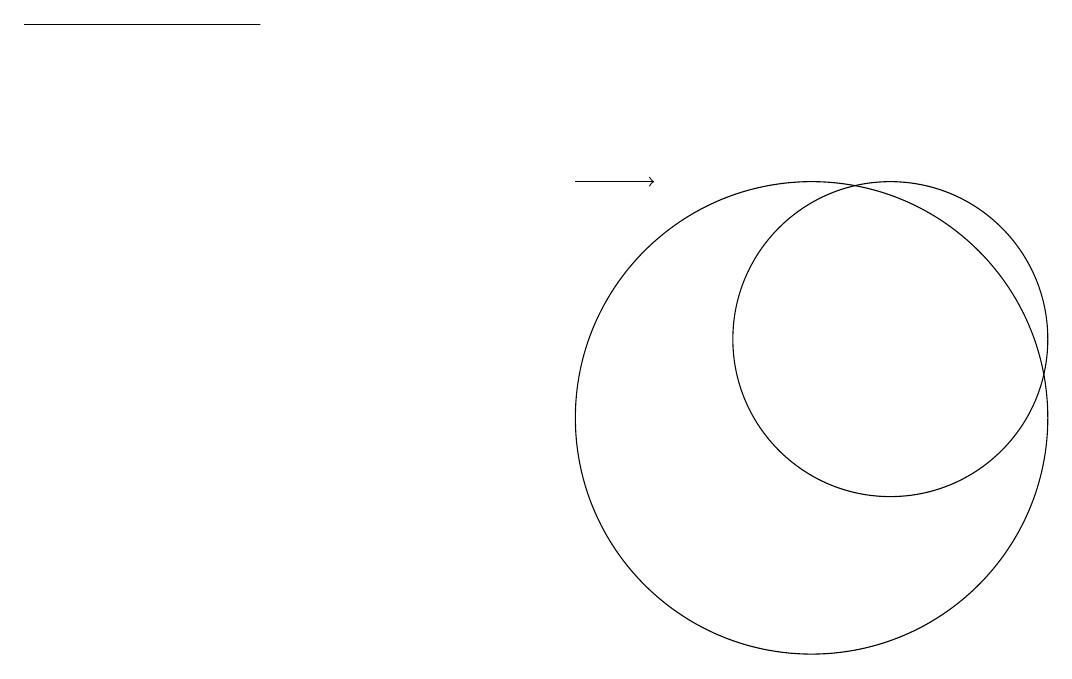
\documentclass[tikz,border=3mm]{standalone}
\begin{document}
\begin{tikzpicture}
\draw (0,15) rectangle (3,15);
\draw[->] (7,13) -- (8,13);
\draw (10,10) circle (3);
\draw (11,11) circle (2);
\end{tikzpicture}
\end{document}